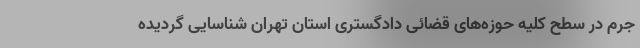
جرم در سطح کلیه حوزه‌های قضائی دادگستری استان تهران شناسایی گردیده